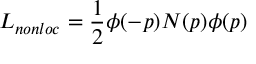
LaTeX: { \cal L } _ { n o n l o c } = { \frac { 1 } { 2 } } \phi ( - p ) { \cal N } ( p ) \phi ( p )